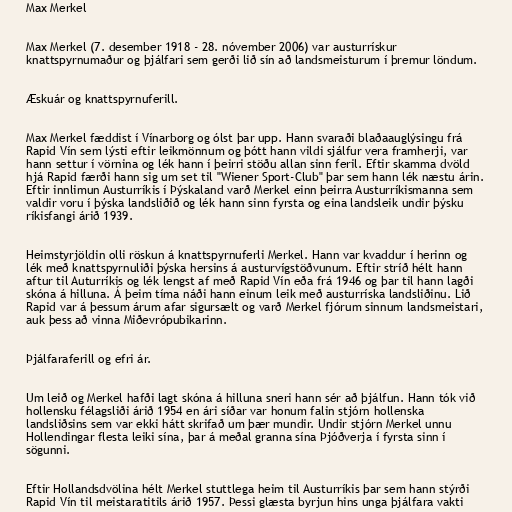
Max Merkel

Max Merkel (7. desember 1918 - 28. nóvember 2006) var austurrískur
knattspyrnumaður og þjálfari sem gerði lið sín að landsmeisturum í þremur löndum.

Æskuár og knattspyrnuferill.

Max Merkel fæddist í Vínarborg og ólst þar upp. Hann svaraði blaðaauglýsingu frá
Rapid Vín sem lýsti eftir leikmönnum og þótt hann vildi sjálfur vera framherji, var
hann settur í vörnina og lék hann í þeirri stöðu allan sinn feril. Eftir skamma dvöld
hjá Rapid færði hann sig um set til "Wiener Sport-Club" þar sem hann lék næstu árin.
Eftir innlimun Austurríkis í Þýskaland varð Merkel einn þeirra Austurríkismanna sem
valdir voru í þýska landsliðið og lék hann sinn fyrsta og eina landsleik undir þýsku
ríkisfangi árið 1939.

Heimstyrjöldin olli röskun á knattspyrnuferli Merkel. Hann var kvaddur í herinn og
lék með knattspyrnuliði þýska hersins á austurvígstöðvunum. Eftir stríð hélt hann
aftur til Auturríkis og lék lengst af með Rapid Vín eða frá 1946 og þar til hann lagði
skóna á hilluna. Á þeim tíma náði hann einum leik með austurríska landsliðinu. Lið
Rapid var á þessum árum afar sigursælt og varð Merkel fjórum sinnum landsmeistari,
auk þess að vinna Miðevrópubikarinn.

Þjálfaraferill og efri ár.

Um leið og Merkel hafði lagt skóna á hilluna sneri hann sér að þjálfun. Hann tók við
hollensku félagsliði árið 1954 en ári síðar var honum falin stjórn hollenska
landsliðsins sem var ekki hátt skrifað um þær mundir. Undir stjórn Merkel unnu
Hollendingar flesta leiki sína, þar á meðal granna sína Þjóðverja í fyrsta sinn í
sögunni.

Eftir Hollandsdvölina hélt Merkel stuttlega heim til Austurríkis þar sem hann stýrði
Rapid Vín til meistaratitils árið 1957. Þessi glæsta byrjun hins unga þjálfara vakti